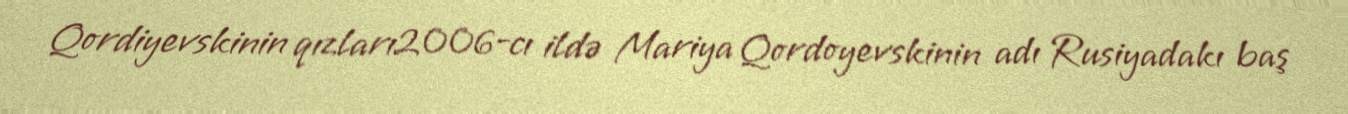
Qordiyevskinin qızları2006-cı ildə Mariya Qordoyevskinin adı Rusiyadakı baş